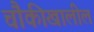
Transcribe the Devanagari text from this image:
चौकीखालील